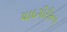
યાદગીરીરૂપ